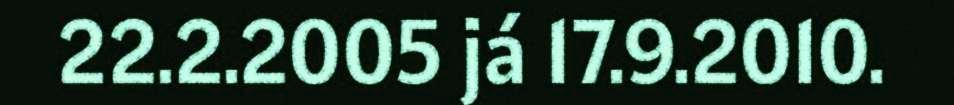
22.2.2005 já 17.9.2010.